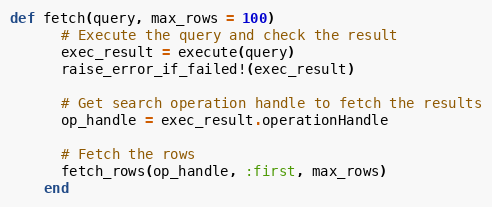
Language: Ruby
def fetch(query, max_rows = 100)
      # Execute the query and check the result
      exec_result = execute(query)
      raise_error_if_failed!(exec_result)

      # Get search operation handle to fetch the results
      op_handle = exec_result.operationHandle

      # Fetch the rows
      fetch_rows(op_handle, :first, max_rows)
    end